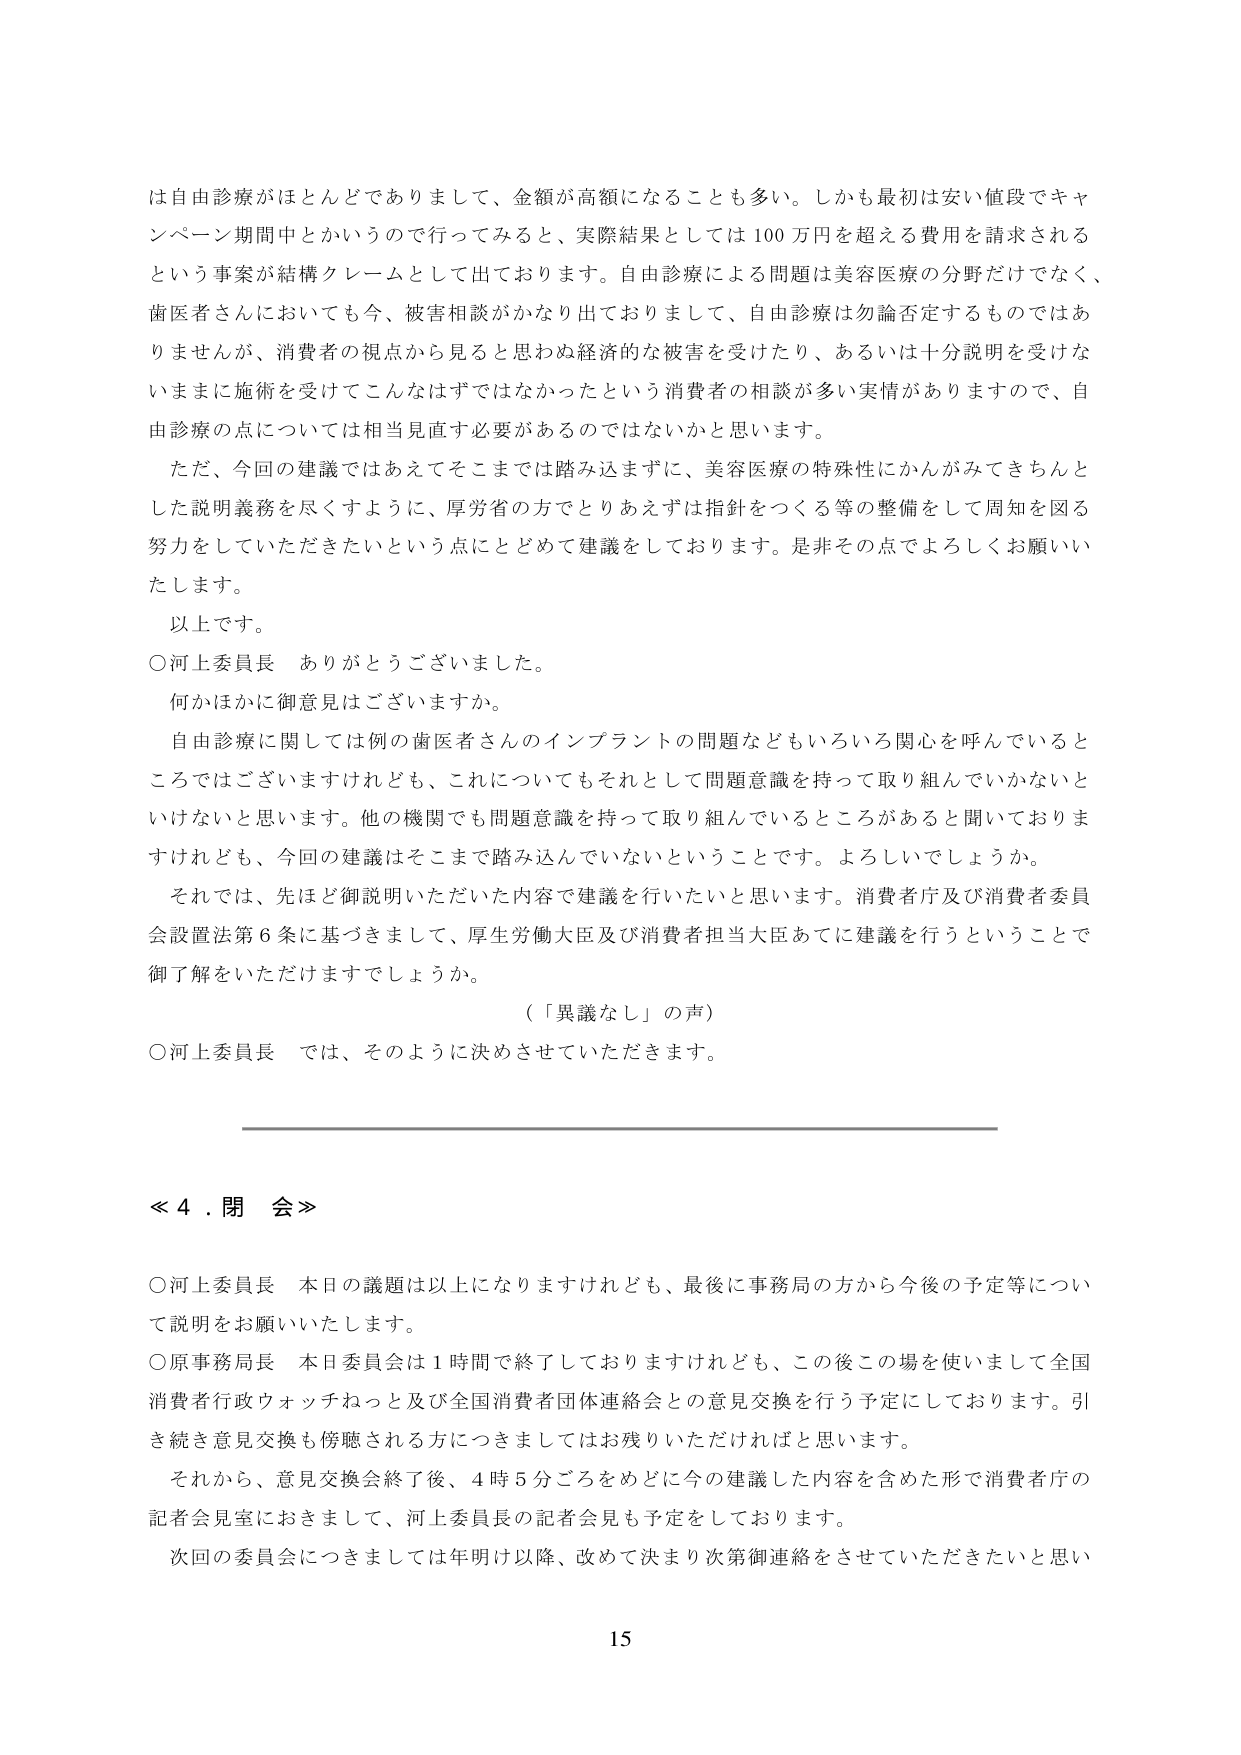
は自由診療がほとんどでありまして、金額が高額になることも多い。しかも最初は安い値段でキャンペーン期間中とかいうので行ってみると、実際結果としては100万円を超える費用を請求されるという事案が結構クレームとして出ております。自由診療による問題は美容医療の分野だけでなく、歯医者さんにおいても今、被害相談がかなり出ておりまして、自由診療は勿論否定するものではありませんが、消費者の視点から見ると思わぬ経済的な被害を受けたり、あるいは十分説明を受けないままに施術を受けてこんなはずではなかったという消費者の相談が多い実情がありますので、自由診療の点については相当見直す必要があるのではないかと思います。

ただ、今回の建議ではあえてそこまでは踏み込まずに、美容医療の特殊性にかんがみてきちんとした説明義務を尽くすように、厚労省の方でとりあえずは指針をつくる等の整備をして周知を図る努力をしていただきたいという点にとどめて建議をしております。是非その点でよろしくお願いいたします。

以上です。

○河上委員長　ありがとうございました。

何かほかに御意見はございますか。

自由診療に関しては例の歯医者さんのインプラントの問題などもいろいろ関心を呼んでいるところではございますけれども、これについてもそれとして問題意識を持って取り組んでいかないといけないと思います。他の機関でも問題意識を持って取り組んでいるところがあると聞いておりますけれども、今回の建議はそこまで踏み込んでいないということです。よろしいでしょうか。

それでは、先ほど御説明いただいた内容で建議を行いたいと思います。消費者庁及び消費者委員会設置法第6条に基づきまして、厚生労働大臣及び消費者担当大臣あてに建議を行うということで御了解をいただけますでしょうか。

（「異議なし」の声）

○河上委員長　では、そのように決めさせていただきます。

≪４．閉会≫

○河上委員長　本日の議題は以上になりますけれども、最後に事務局の方から今後の予定等について説明をお願いいたします。

○原事務局長　本日委員会は1時間で終了しておりますけれども、この後この場を使いまして全国消費者行政ウォッチねっと及び全国消費者団体連絡会との意見交換を行う予定にしております。引き続き意見交換も傍聴される方につきましてはお残りいただければと思います。

それから、意見交換会終了後、4時5分ごろをめどに今の建議した内容を含めた形で消費者庁の記者会見室におきまして、河上委員長の記者会見も予定しております。

次回の委員会につきましては年明け以降、改めて決まり次第御連絡をさせていただきたいと思います。

15